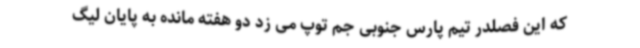
که این فصلدر تیم پارس جنوبی جم توپ می زد دو هفته مانده به پایان لیگ